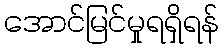
အောင်မြင်မှုရရှိရန်